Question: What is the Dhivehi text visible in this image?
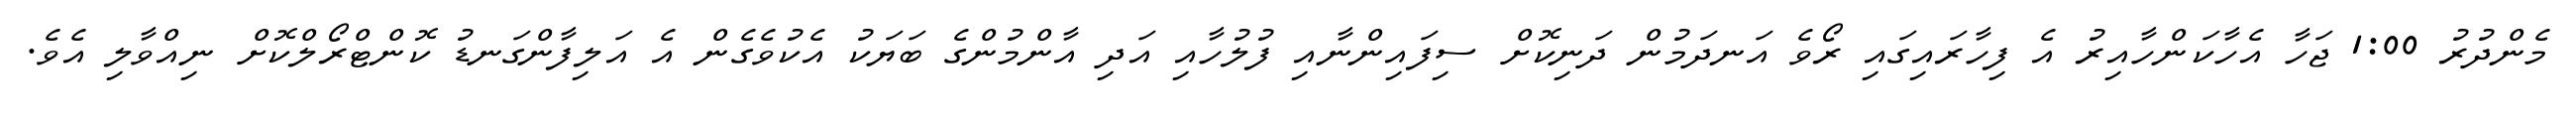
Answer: މެންދުރު 1:00 ޖަހާ އެހާކަންހާއިރު އެ ފިހާރައިގައި ރޯވެ އަނދަމުން ދަނިކޮށް ސިފައިންނާއި ފުލުހާއި އަދި އާންމުންގެ ބަޔަކު އެކުވެގެން އެ އަލިފާންގަނޑު ކޮންޓްރޯލްކޮށް ނިއްވާލި އެވެ.